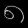
Digit: ၈